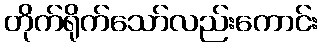
တိုက်ရိုက်သော်လည်းကောင်း